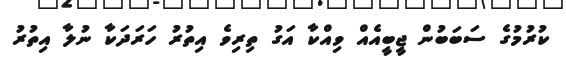
ކުރުމުގެ ސަބަބުން ޖީބީއެއް ވިއްކާ އަގު ތިރިވެ އިތުރު ހަރަދަކާ ނުލާ އިތުރު